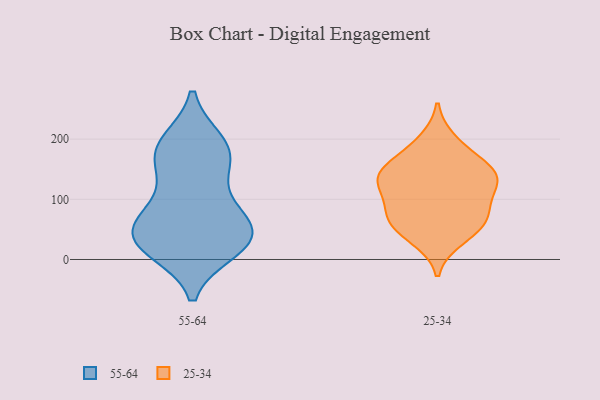
{"axis": {"x": "Backlog", "y": "Value"}, "legend": ["25-34", "55-64"], "data": [{"x": "", "y": 27, "type": "55-64"}, {"x": "", "y": 32, "type": "55-64"}, {"x": "", "y": 51, "type": "55-64"}, {"x": "", "y": 147, "type": "55-64"}, {"x": "", "y": 26, "type": "55-64"}, {"x": "", "y": 191, "type": "55-64"}, {"x": "", "y": 17, "type": "55-64"}, {"x": "", "y": 194, "type": "55-64"}, {"x": "", "y": 173, "type": "55-64"}, {"x": "", "y": 37, "type": "55-64"}, {"x": "", "y": 173, "type": "55-64"}, {"x": "", "y": 87, "type": "55-64"}, {"x": "", "y": 57, "type": "55-64"}, {"x": "", "y": 85, "type": "55-64"}, {"x": "", "y": 50, "type": "25-34"}, {"x": "", "y": 84, "type": "25-34"}, {"x": "", "y": 174, "type": "25-34"}, {"x": "", "y": 143, "type": "25-34"}, {"x": "", "y": 198, "type": "25-34"}, {"x": "", "y": 81, "type": "25-34"}, {"x": "", "y": 144, "type": "25-34"}, {"x": "", "y": 124, "type": "25-34"}, {"x": "", "y": 57, "type": "25-34"}, {"x": "", "y": 149, "type": "25-34"}, {"x": "", "y": 34, "type": "25-34"}, {"x": "", "y": 129, "type": "25-34"}, {"x": "", "y": 73, "type": "25-34"}, {"x": "", "y": 124, "type": "25-34"}]}